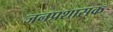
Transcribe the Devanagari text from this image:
जनप्रशासक